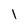
Character: l